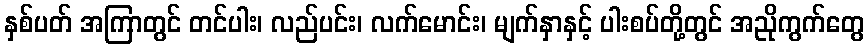
နှစ်ပတ် အကြာတွင် တင်ပါး၊ လည်ပင်း၊ လက်မောင်း၊ မျက်နှာနှင့် ပါးစပ်တို့တွင် အညိုကွက်တွေ